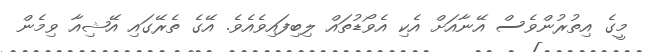
މީގެ އިތުރުންވެސް އޭނާއަށް އެކި އެވޯޑުތައް ލިބިފައިވެއެވެ. އޭގެ ތެރޭގައި އޭޝިއާ ވިމެން